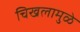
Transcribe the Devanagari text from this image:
चिखलामुळे